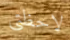
لاحظتي